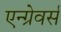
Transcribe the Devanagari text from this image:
एन्ग्रेवर्स